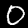
Label: 0